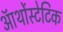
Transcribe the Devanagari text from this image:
ऑर्थोस्टेटिक